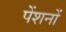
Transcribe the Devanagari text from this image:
पेंशनों